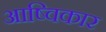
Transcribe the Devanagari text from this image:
आष्विकार